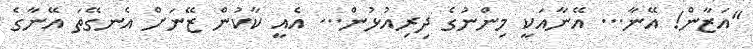
"އަޒާން! އޭނާ... އޭނާއަކީ މިންނުގެ ދިރިއުޅުން... އެއީ ކާކުން ޒޭނަށް އެނގޭތަ އޭނާގެ